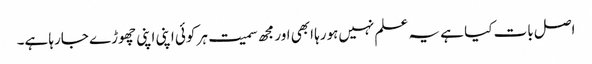
اصل بات کیا ہے یہ علم نہیں‌ہورہا ابھی اور مجھ سمیت ہر کوئی اپنی اپنی چھوڑے جارہا ہے۔